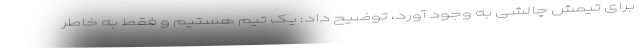
برای تیمش چالشی به وجود آورد، توضیح داد: یک تیم هستیم و فقط به خاطر